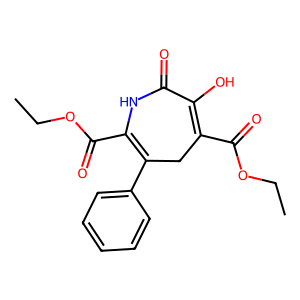
SMILES: CCOC(=O)C1=C(O)C(=O)NC(C(=O)OCC)=C(c2ccccc2)C1
Inhibits HIV replication: No